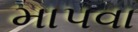
માપવા